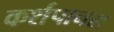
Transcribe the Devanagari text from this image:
कर्शपानस